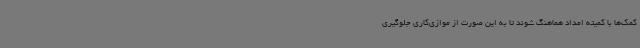
کمک‌ها با کمیته امداد هماهنگ شوند تا به این صورت از موازی‌کاری جلوگیری